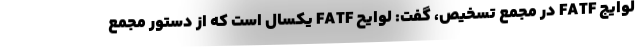
لوایج FATF در مجمع تسخیص، گفت: لوایح FATF یکسال است که از دستور مجمع